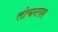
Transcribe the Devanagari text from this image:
लोचनगर